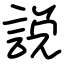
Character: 説